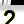
Digit: 2